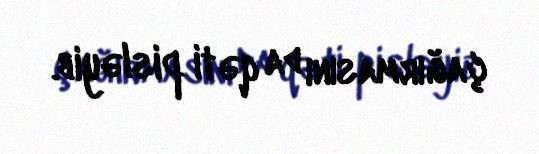
çağırmasını da qəti pisləyib.